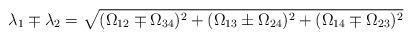
LaTeX: \begin{align*}\lambda_1\mp\lambda_2=\sqrt{(\Omega_{12}\mp \Omega_{34})^2+(\Omega_{13}\pm \Omega_{24})^2 +(\Omega_{14}\mp \Omega_{23})^2}\end{align*}